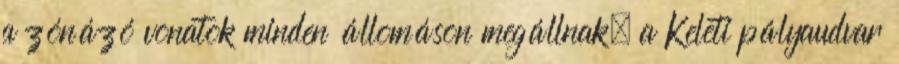
a zónázó vonatok minden állomáson megállnak, a Keleti pályaudvar